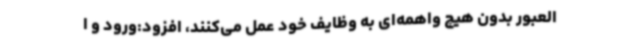
العبور بدون هیچ واهمه‌ای به وظایف خود عمل می‌کنند، افزود:ورود و ا